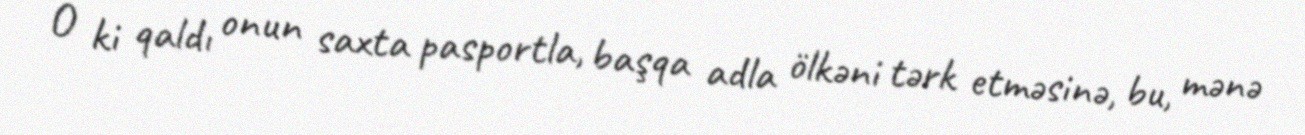
O ki qaldı onun saxta pasportla, başqa adla ölkəni tərk etməsinə, bu, mənə